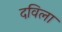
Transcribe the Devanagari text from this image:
दविला